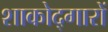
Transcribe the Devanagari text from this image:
शाकोद्गारों